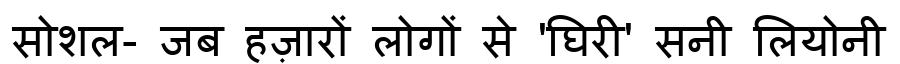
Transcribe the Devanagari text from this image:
सोशल- जब हज़ारों लोगों से 'घिरी' सनी लियोनी